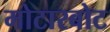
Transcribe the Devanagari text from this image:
मोटारबोट